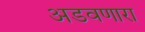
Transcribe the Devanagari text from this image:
अडवणारा